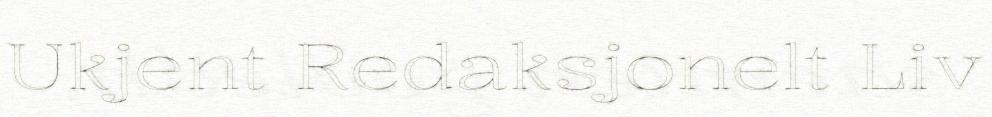
Ukjent Redaksjonelt Liv